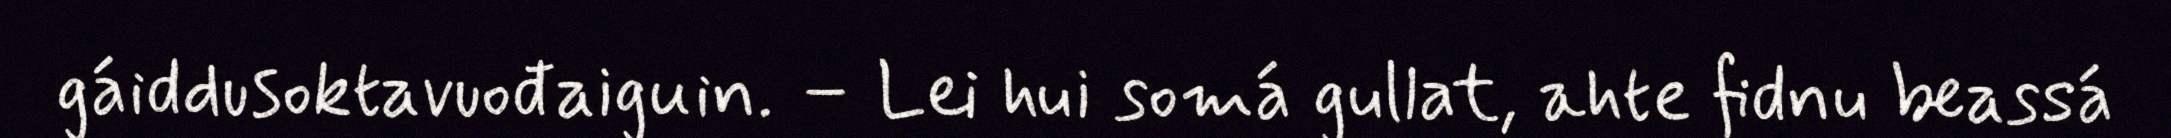
gáiddusoktavuođaiguin. – Lei hui somá gullat, ahte fidnu beassá